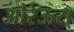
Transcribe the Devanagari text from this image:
औरेऊस्